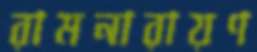
রামনারায়ণ